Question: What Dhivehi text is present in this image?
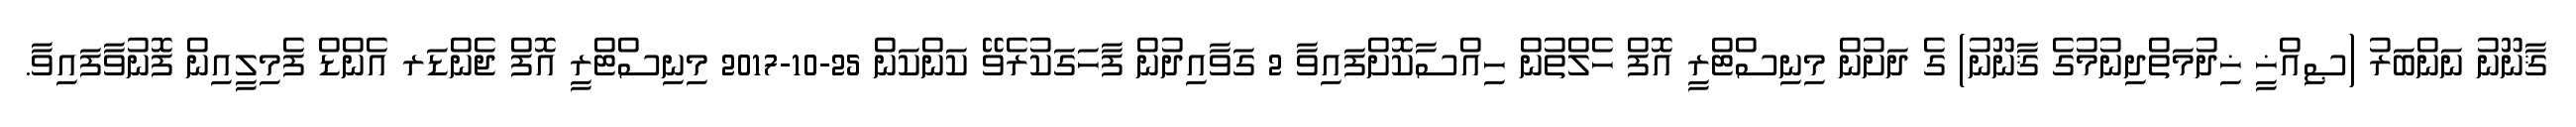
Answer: ޤާނޫނު ނަންބަރު (ޞިއްޚީ ޚިދުމަތްދިނުމުގެ ޤާނޫނު) ގެ ދަށުން މިނިސްޓްރީ އޮފް ހެލްތުން ހިއްސާކޮށްފައިވާ 2 ގަވާއިދުން ފާހަގަކުރެވޭ ކަންކަން 25-10-2017 މިނިސްޓްރީ އޮފް ޖެންޑަރ އެންޑް ފެމިލީއިން ފޮނުވާފައިވާ.